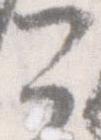
公